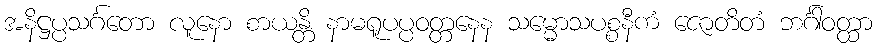
အနိဋ္ဌပ္ပသင်္ဂတော လူနော စာယန္တိ နာမရူပပ္ပဝတ္တနေန သမ္မောသပစ္စနီကံ ဇောတိတံ ဘင်္ဂါဝတ္ထာ